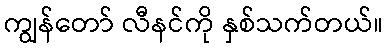
ကျွန်တော် လီနင်ကို နှစ်သက်တယ်။